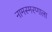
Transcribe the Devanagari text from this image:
नामस्मरणाला